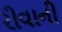
રીવાની